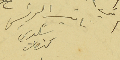
نائب الرئيس شكري كنعان